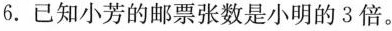
6.已知小芳的邮票张数是小明的3倍。